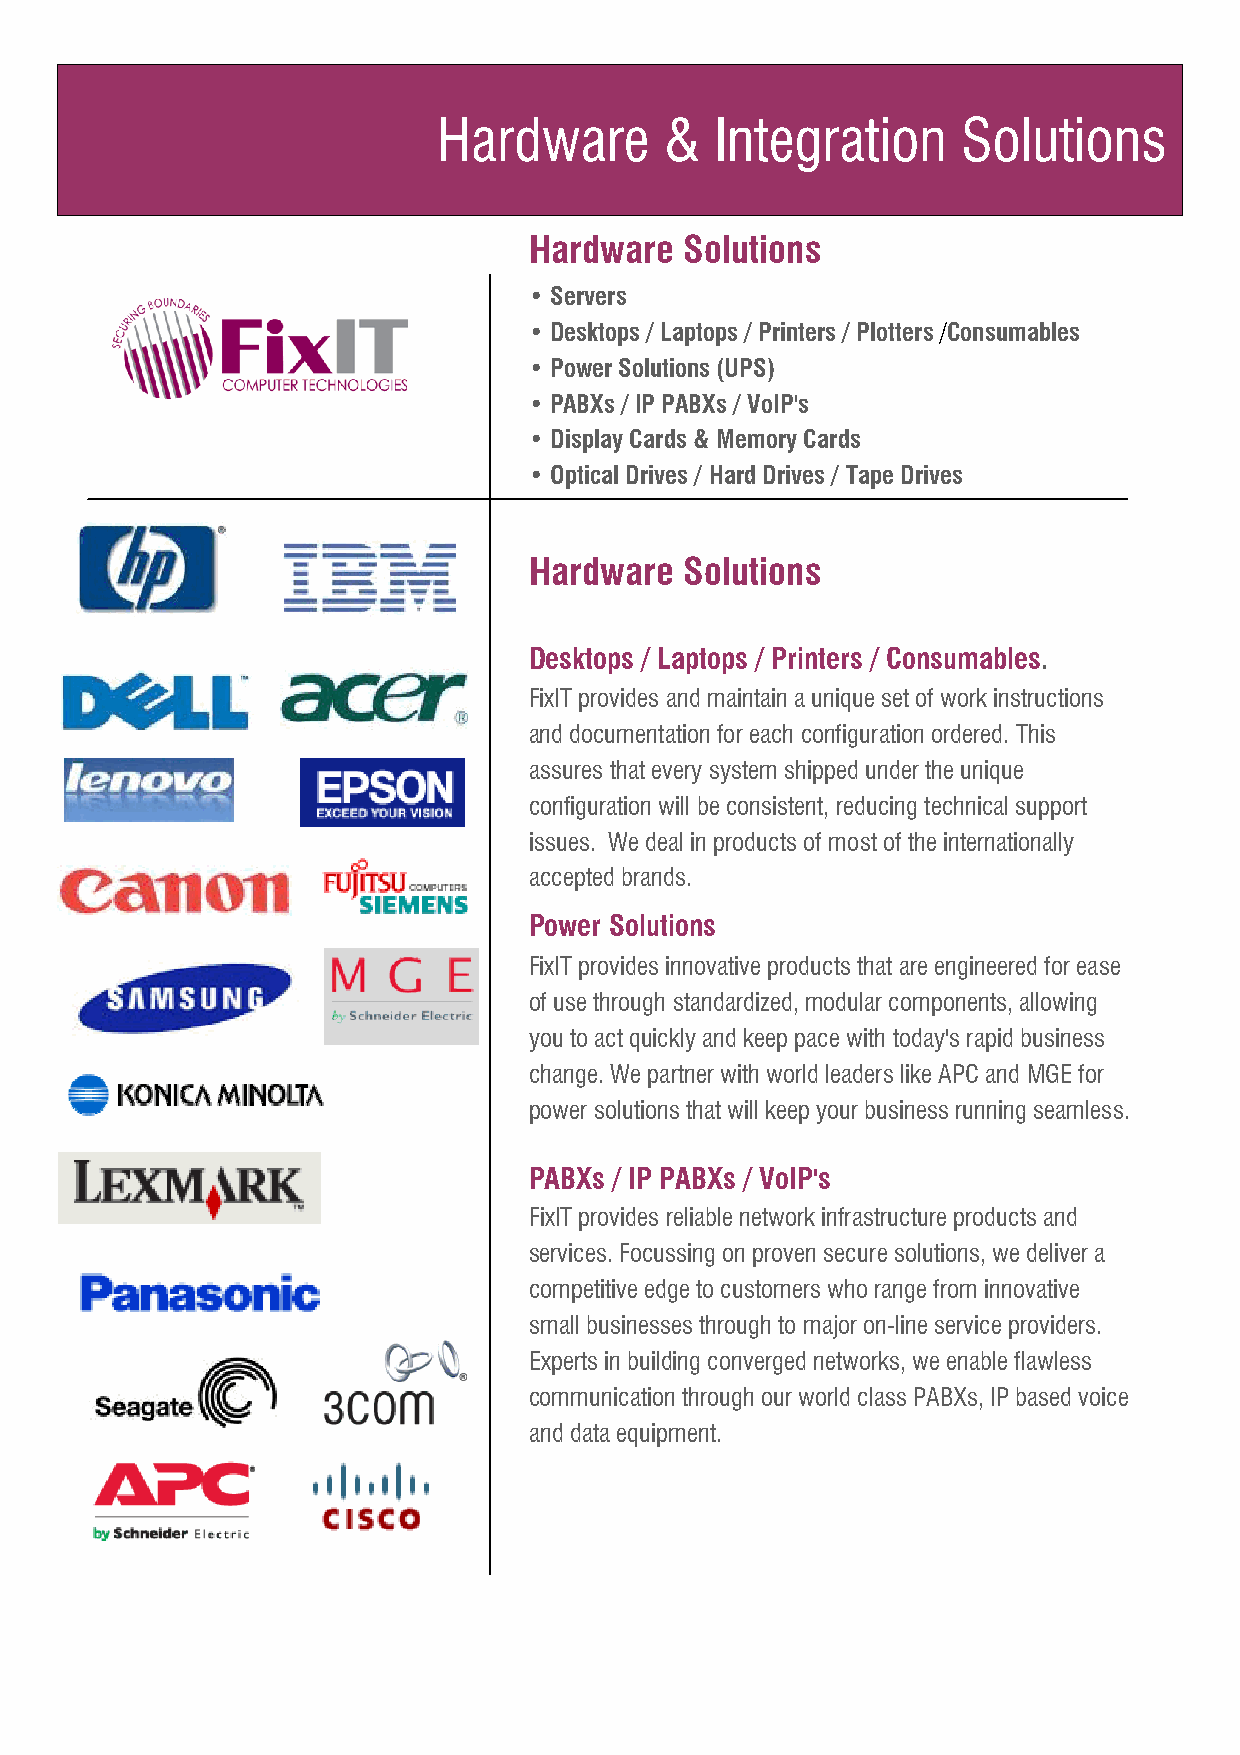
Hardware       &  Integration      Solutions
 Hardware  Solutions
 • Servers
 • Desktops / Laptops / Printers / Plotters/Consumables
 • Power Solutions (UPS)
 • PABXs / IP PABXs / VoIP's
 • Display Cards & Memory Cards
 • Optical Drives / Hard Drives / Tape Drives
 Hardware  Solutions
 Desktops / Laptops / Printers / Consumables.
 FixIT provides and maintain a unique set of work instructions
 and documentation for each configuration ordered. This
 assures that every system shipped under the unique
 configuration will be consistent, reducing technical support
 issues. We deal in products of most of the internationally
 accepted brands.
 Power Solutions
 FixIT provides innovative products that are engineered for ease
 of use through standardized, modular components, allowing
 you to act quickly and keep pace with today's rapid business
 change. We partner with world leaders like APC and MGE for
 power solutions that will keep your business running seamless.
 PABXs / IP PABXs / VoIP's
 FixIT provides reliable network infrastructure products and
 services. Focussing on proven secure solutions, we deliver a
 competitive edge to customers who range from innovative
 small businesses through to major on-line service providers.
 Experts in building converged networks, we enable flawless
 communication through our world class PABXs, IP based voice
 and data equipment.